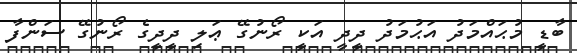
ބާޑީ މުޙައްމަދު އަޙުމަދު ދީދީ އަކީ ރޯނުގޭ ޢަލި ދީދީގެ ރޯނުގޭ ސަންފާ